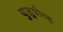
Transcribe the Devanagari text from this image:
युसुपोव्ह